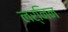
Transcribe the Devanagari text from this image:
लर्निन